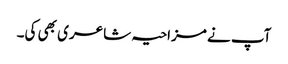
آپ نے مزاحیہ شاعری بھی کی۔